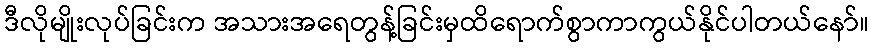
ဒီလိုမျိုးလုပ်ခြင်းက အသားအရေတွန့်ခြင်းမှထိရောက်စွာကာကွယ်နိုင်ပါတယ်နော်။